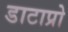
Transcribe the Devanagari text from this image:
डाटाप्रो